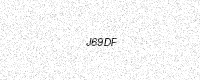
Text: J69DF